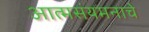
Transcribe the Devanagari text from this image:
आत्मसंयमनाचे